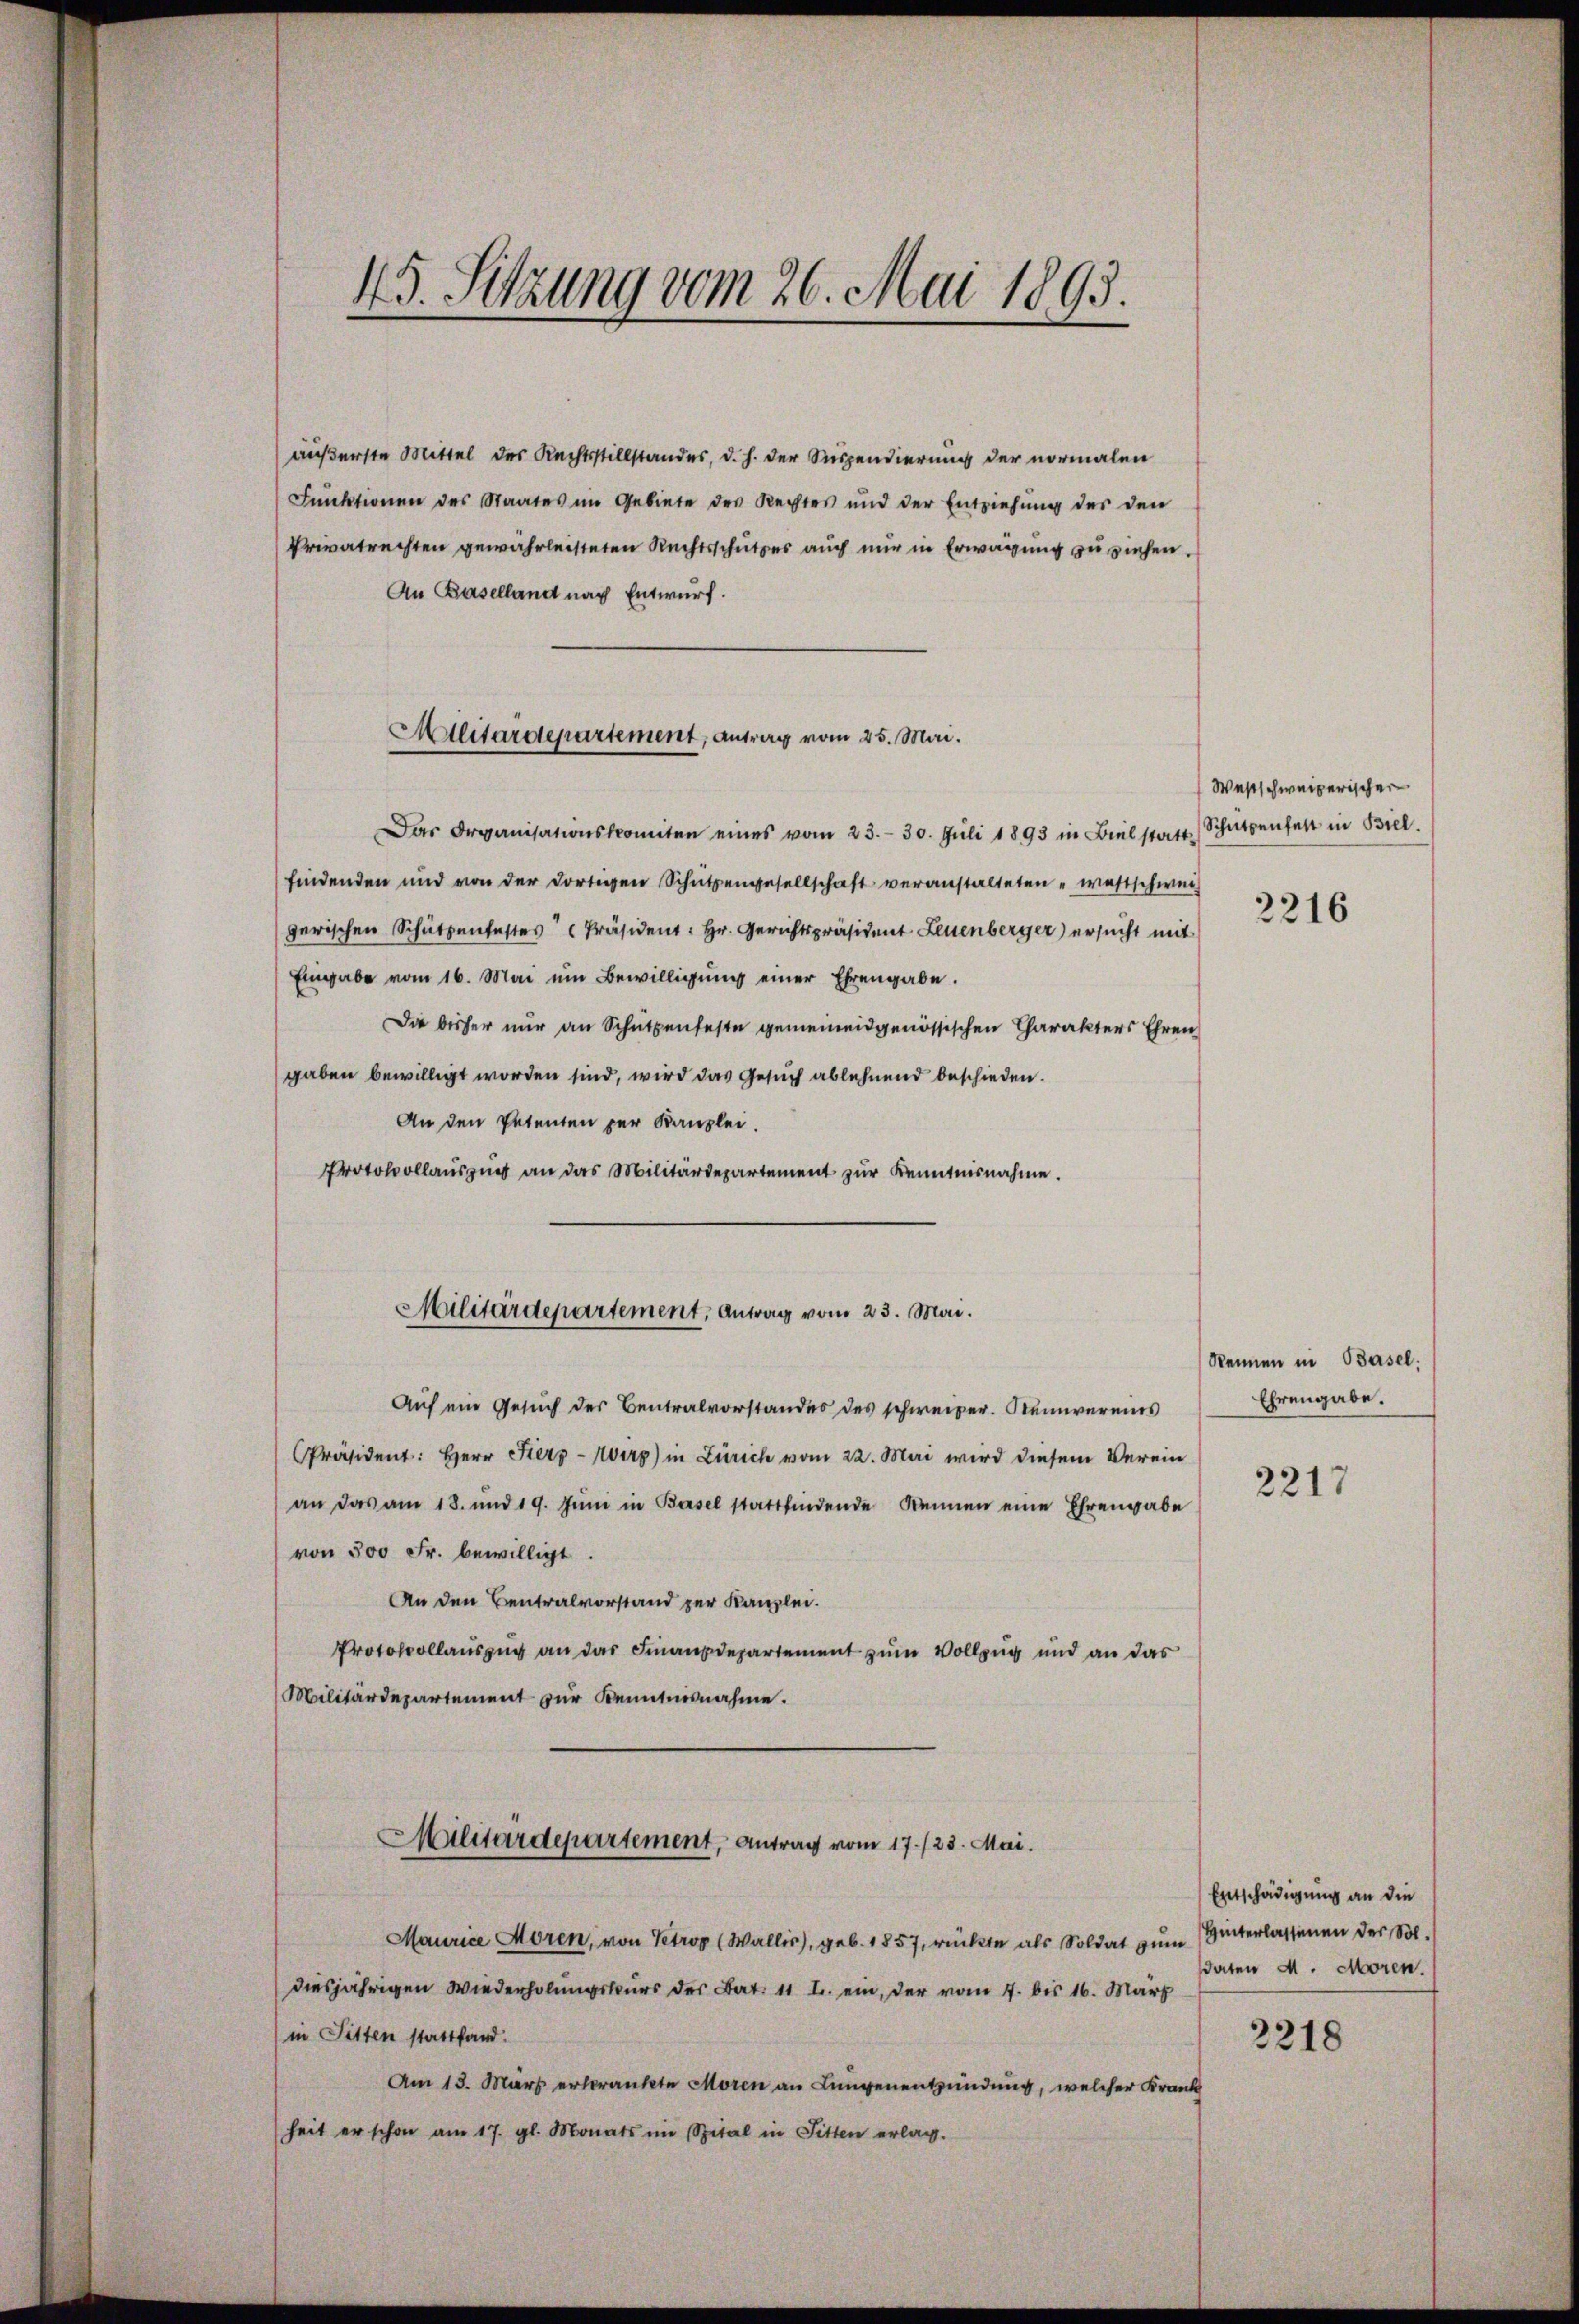
äußerste Mittel des Rechtsstillstandes, d. h. der Suspendierung der normalen
Funktionen des Staates im Gebiete des Rechtes und der Entziehung der den
Privatrechten gewährleisteten Rechtsschutzes auch nur in Erwägung zu ziehen.
An Baselland nach Entwurf.

15. Sitzung vom 26. Mai 1893.

Militärdepartement, antrag vom 25. Mai.

Das Organisationskomiten eines vom 23. 30. Jŭli 1893 in Biel statt-
findenden und von der dortigen Schützengesellschaft veranstalteten wahrschwei
gerischen Schützenfestes Präsident: Hr. Gerichtspräsident Leuenberger) ersucht mit
Eingabe vom 16. Mai um Bewilligŭng einer Ehrengabe.
Die bisher nur an Schutzenfeste gemeineidgenössischen Charakters Ehren
gaben bewilligt worden sind, wird das Gesuch ablehnend beschieden.
An den Petenten per Kanzlei.
Protokollaŭszŭg an das Militärdepartement zŭr Kenntnisnahme.
Auf ein Gesuch der Centralvorstandes des schweizer. Neinvereins
Präsident: Herr Fierz-Wirg) in Zürich vom 22. Mai wird diesem Verein
an das am 18. und 19. Jŭni in Basel stattfindende kennen eine Ehrengabe
von 500 Fr. bewilligt
An den Centralvorstand zur Kanzlei.
Protokollauszug an das Finanzdepartement zum Vollzug und an das
Militärdepartement zur Kenntnisnahme.
Militärdepartement, Antrag vom 17./23. Mai.
Maurice Moren, von Petrop (Wallis), geb. 1857, rückte als Soldat zum
diesjährigen Wiederholungskurs des Bat. 11 I. ein, der vom 7. bis 16. März
in Sitten stattfand.
Am 13. März erkrankte Moren an Lungenentzündung, welcher Krank
heit er schon am 17. gl. Monats im Spital in Fitten erlag.

Militärdepartement, Antrag vom 23. Mai.

Westschweizerischer
Schützenfest in Biel.
2216

Rennen in Basel:
Ehrengabe.

2217

Entschädigung an die
Hinterlassenen der Sol.
daten M. Moren.

2218